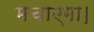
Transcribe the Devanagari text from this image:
मचाएगा।